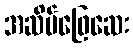
အဆိပ်ဖြေဆေး